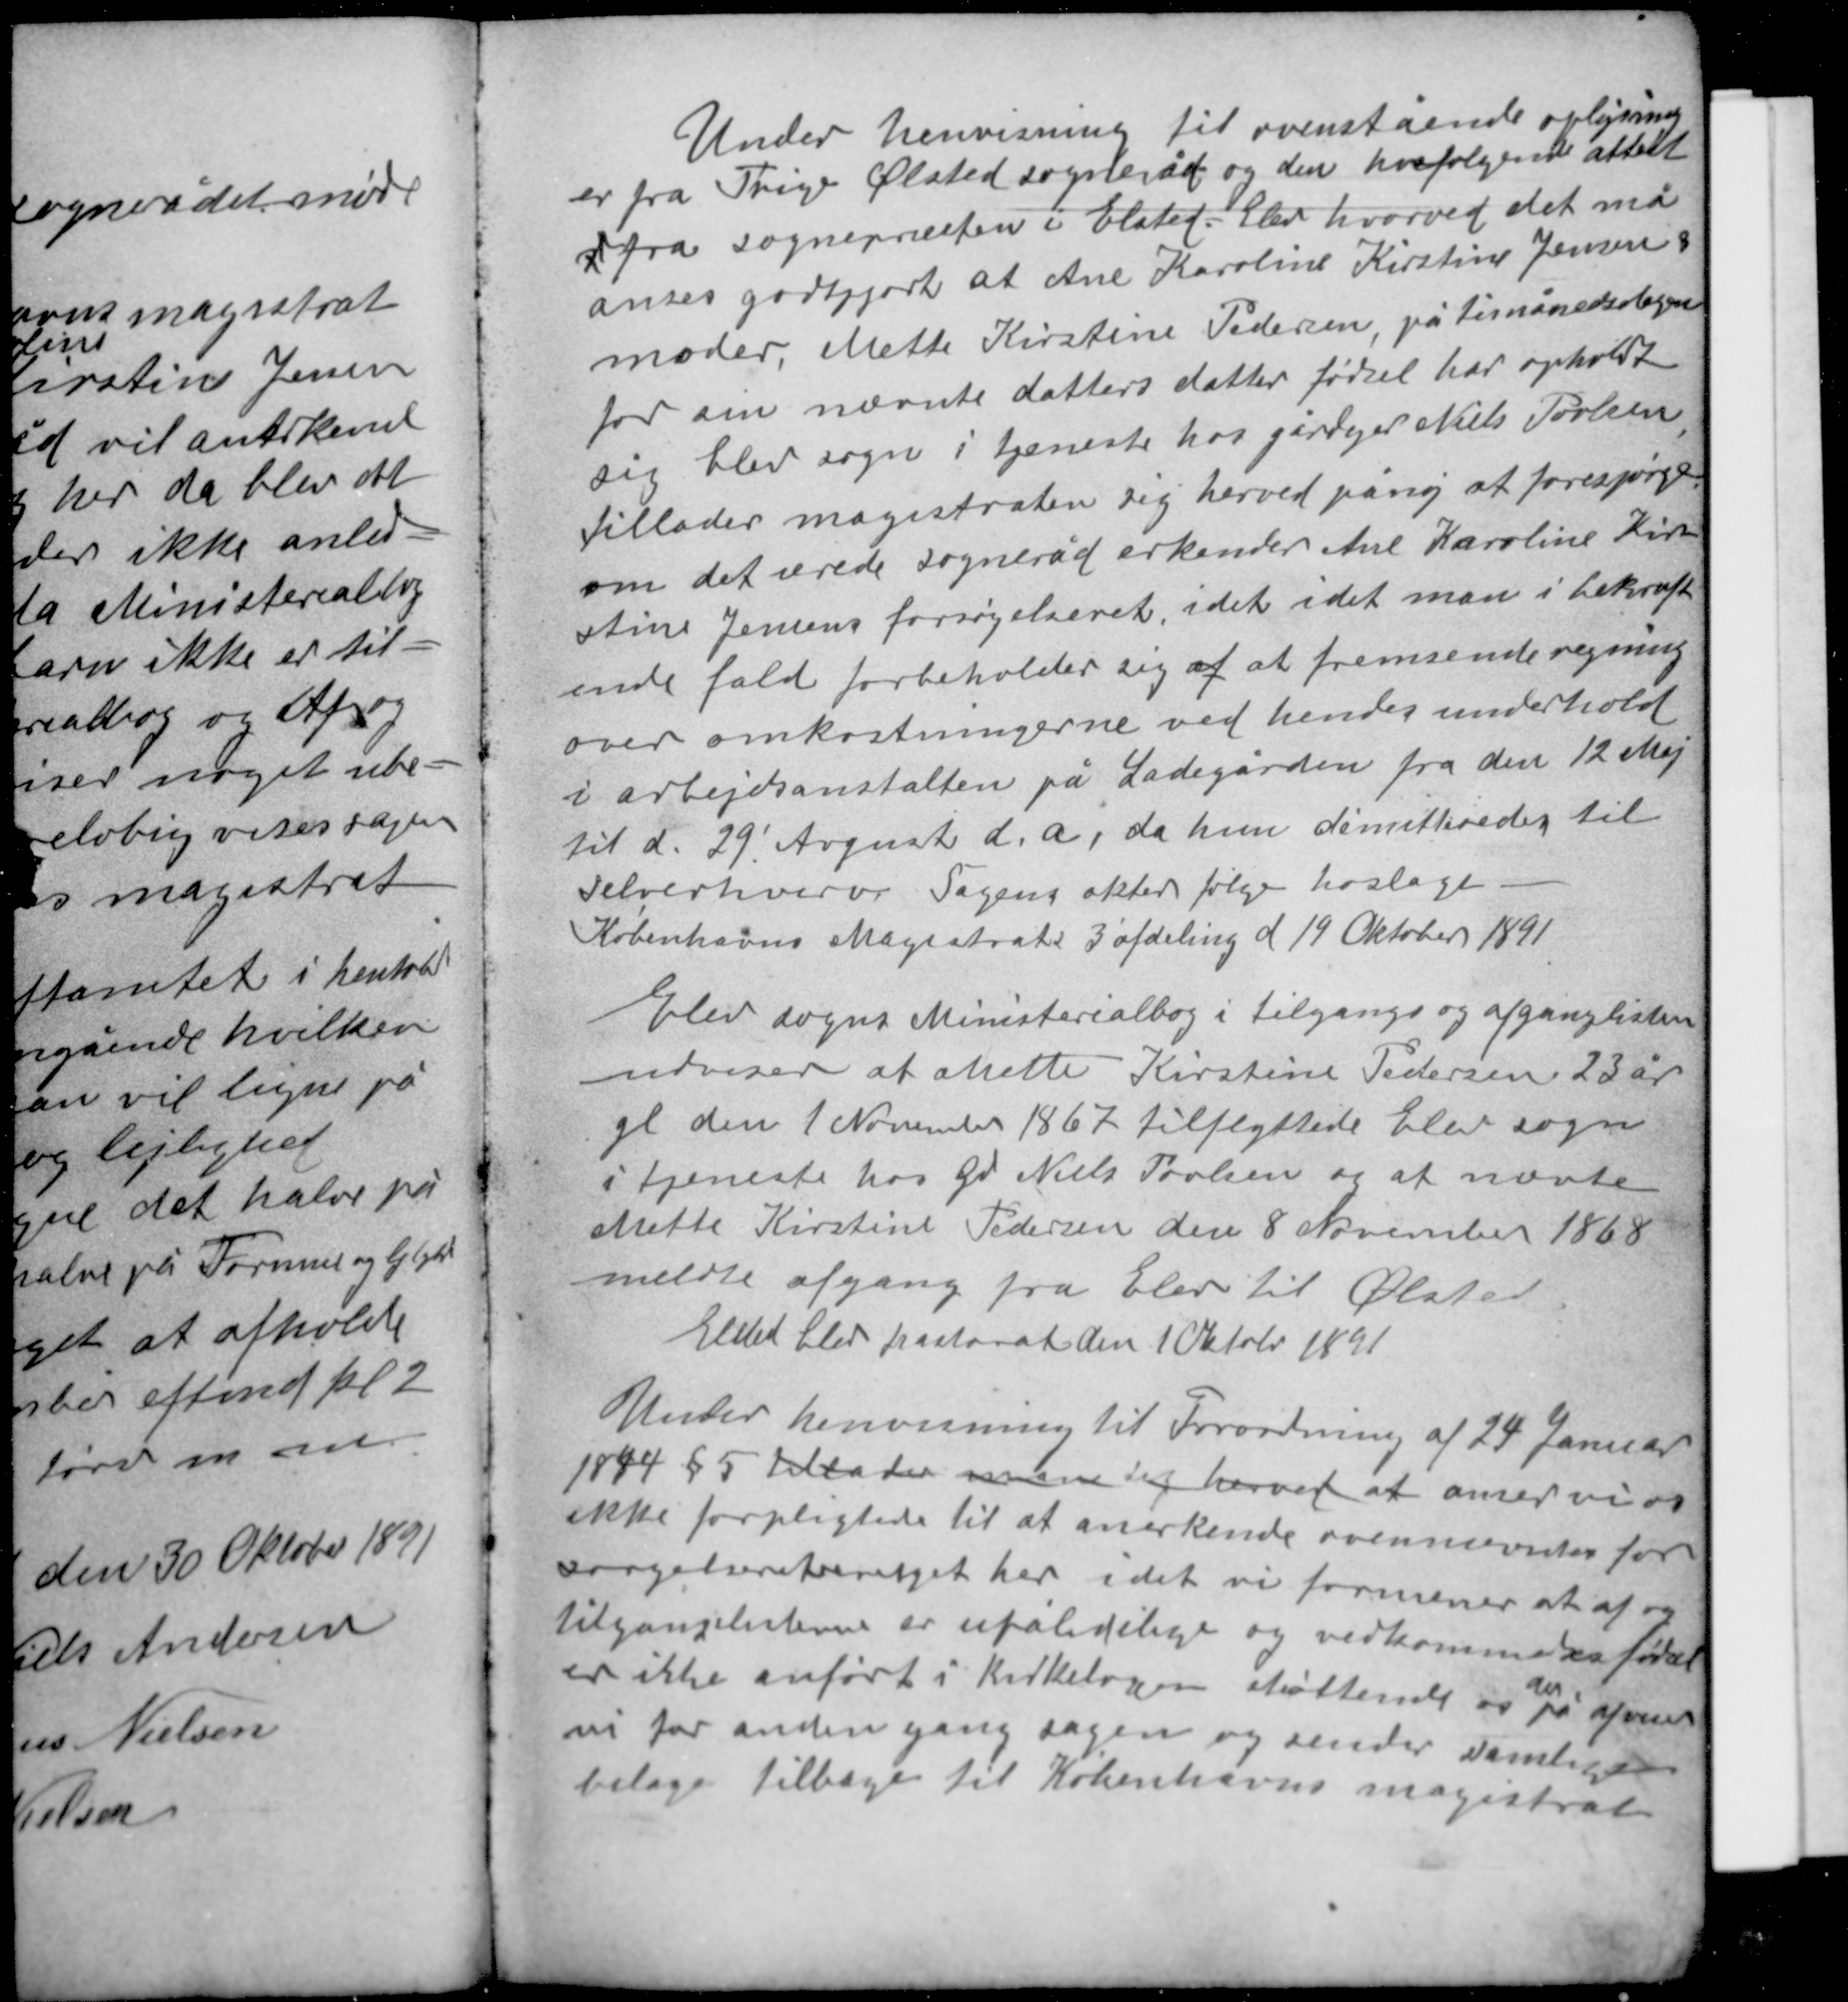
Transskription:
Under henvisning til ovenstående oplysning-
er fra Trige Ølsted sogneråd og den hvafølgende attest
x fra sognepræsten i Elsted-Elev hvorved det må
anses godtgjort at Ane Karoline Kirstine Jensen &
moder, Mette Kirstine Pedersen, på timånedersdagen
for sin nævnte datters datter fødsel har opholdt
sig Elev sogn i tjeneste hos gårdejer Niels Povlsen
tillader magistraten sig herved påny at forespørge
om det ærede sogneråd erkender Ane Karoline Kir-
stine Jensens forsørgelsesret, idet idet man i bekræft-
ende fald forbeholder sig af at fremsende regning
over omkostningerne ved hendes underhold
i arbejdsanstalten på Ladegården fra den 12 Maj
til d. 29 August d. a, da hun dimitteredes til
selverhverv. Sagens akter følger hoslagt.
Københavns Magistrats 3 afdeling d 19 Oktober 1891

Elev sogns Ministerialbog i tilgangs og afganglisten
udviser at Mette Kirstine Pedersen 23 år
gl den 1 November 1867 tilflyttede Elev sogn
i tjeneste hos Gd Niels Povlsen og at nævnte
Mette Kirstine Pedersen den 8 November 1868
meldte afgang fra Elev til Ølsted.
Elsted Elev pastorat den 10 Oktober 1891

Under henvisning til Forordning af 24 Januar
1844 § 5 tillader man sig herved at anser vi os
ikke forpligtede til at anerkende ovennævnte for-
sørgelsesberetget her idet vi formener at af og
tilgangslisterne er upålidelige og vedkommendes fødsel
der
er ikke anført i kirkebogen støttende os på afviser
vi for anden gang sagen og sender samtlige
bilage tilbage til Københavns magistrat